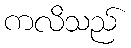
ကလိသည်